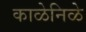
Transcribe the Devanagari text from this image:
काळेनिळे